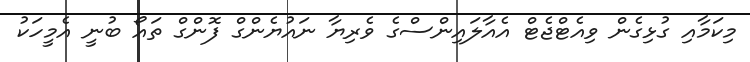
މިކަމާއި ގުޅިގެން ވިއެޓްޖެޓް އެއާލައިންސްގެ ވެރިޔާ ނައުޔެންގް ފޮންގް ތައޯ ބުނީ އެމީހަކު